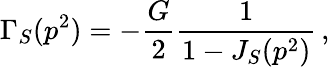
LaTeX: \Gamma_{S}(p^{2})=-{\frac{G}{2}}{\frac{1}{1-J_{S}(p^{2})}}\, ,